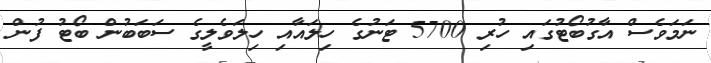
ނަމަވެސް އާގުބޯޓުގައި ހުރި 5700 ޓަނުގެ ހިލައާއި ހިލަވެލީގެ ސަބަބުން ބޯޓު ފުން